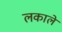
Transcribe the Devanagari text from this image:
लकाले